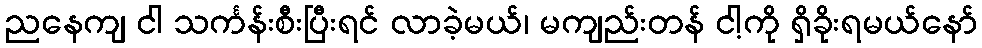
ညနေကျ ငါ သင်္ကန်းစီးပြီးရင် လာခဲ့မယ်၊ မကျည်းတန် ငါ့ကို ရှိခိုးရမယ်နော်